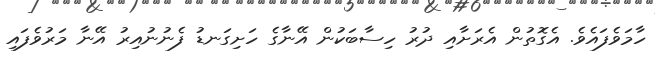
ހާމަވެފައެވެ. އެގޮތުން އެރަށާއި ދުރު ހިސާބަކުން އޭނާގެ ހަށިގަނޑު ފެނުނުއިރު އޭނާ މަރުވެފައި